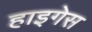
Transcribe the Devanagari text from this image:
हाइगेस